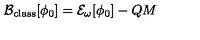
{ \cal B _ { \mathrm { \tiny c l a s s } } } [ \phi _ { 0 } ] = { \cal E } _ { \omega } [ \phi _ { 0 } ] - Q M